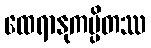
ထေရာနုကမ္ပိတဿ